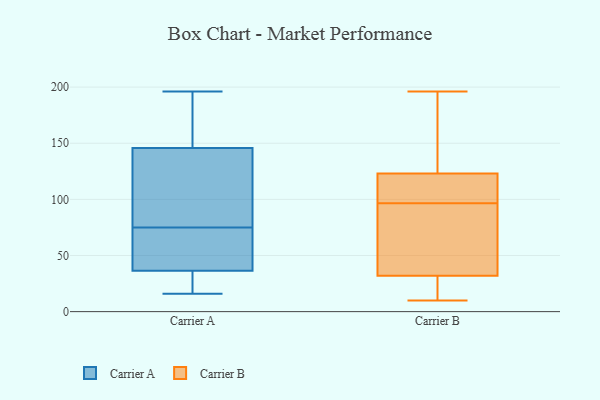
{"axis": {"x": "Temperature (°C)", "y": "Value"}, "legend": ["Carrier A", "Carrier B"], "data": [{"x": "", "y": 136, "type": "Carrier A"}, {"x": "", "y": 41, "type": "Carrier A"}, {"x": "", "y": 16, "type": "Carrier A"}, {"x": "", "y": 73, "type": "Carrier A"}, {"x": "", "y": 140, "type": "Carrier A"}, {"x": "", "y": 37, "type": "Carrier A"}, {"x": "", "y": 196, "type": "Carrier A"}, {"x": "", "y": 164, "type": "Carrier A"}, {"x": "", "y": 21, "type": "Carrier A"}, {"x": "", "y": 100, "type": "Carrier A"}, {"x": "", "y": 32, "type": "Carrier A"}, {"x": "", "y": 57, "type": "Carrier A"}, {"x": "", "y": 75, "type": "Carrier A"}, {"x": "", "y": 113, "type": "Carrier A"}, {"x": "", "y": 35, "type": "Carrier A"}, {"x": "", "y": 196, "type": "Carrier A"}, {"x": "", "y": 163, "type": "Carrier A"}, {"x": "", "y": 61, "type": "Carrier B"}, {"x": "", "y": 101, "type": "Carrier B"}, {"x": "", "y": 115, "type": "Carrier B"}, {"x": "", "y": 92, "type": "Carrier B"}, {"x": "", "y": 120, "type": "Carrier B"}, {"x": "", "y": 10, "type": "Carrier B"}, {"x": "", "y": 52, "type": "Carrier B"}, {"x": "", "y": 123, "type": "Carrier B"}, {"x": "", "y": 138, "type": "Carrier B"}, {"x": "", "y": 23, "type": "Carrier B"}, {"x": "", "y": 14, "type": "Carrier B"}, {"x": "", "y": 32, "type": "Carrier B"}, {"x": "", "y": 196, "type": "Carrier B"}, {"x": "", "y": 161, "type": "Carrier B"}]}